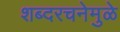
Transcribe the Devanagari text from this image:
शब्दरचनेमुळे